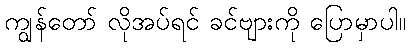
ကျွန်တော် လိုအပ်ရင် ခင်ဗျားကို ပြောမှာပါ။